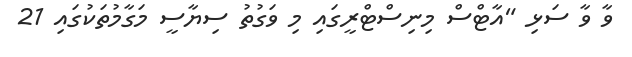
ވާ ވާ ސަޅި "އާޓްސް މިނިސްޓްރީގައި މި ވަގުތު ސިޔާސީ މަގާމުތަކުގައި 21